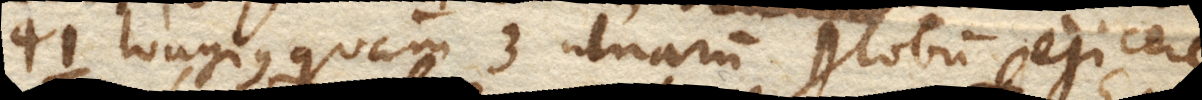
longius quam 3 ulnarum globum ejicere,